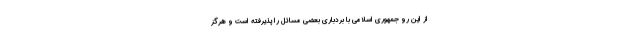
از این رو جمهوری اسلامی با بردباری بعضی مسائل را پذیرفته است و هرگز